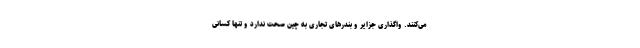
می‌کنند. واگذاری جزایر و بندرهای تجاری به چین صحت ندارد و تنها کسانی